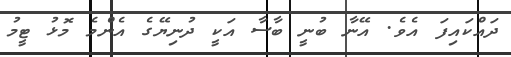
ދައްކައިފަ އެވެ. އޭނާ ބުނީ ބާސާ އަކީ ދުނިޔޭގެ އެންމެ މޮޅު ޓީމު